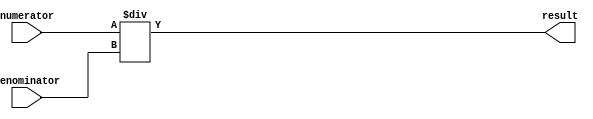
module FractionalDivider (
  input [7:0] numerator,
  input [7:0] denominator,
  output reg [15:0] result
);

always @(*) begin
  result = numerator / denominator;
end

endmodule